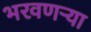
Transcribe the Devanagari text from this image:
भरवणऱ्या